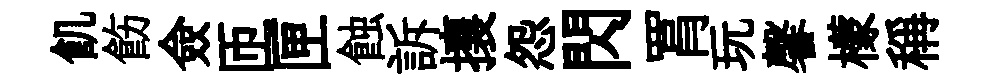
飢飭僉匝匣蝕訴攘怨閃罥玩馨檬稱